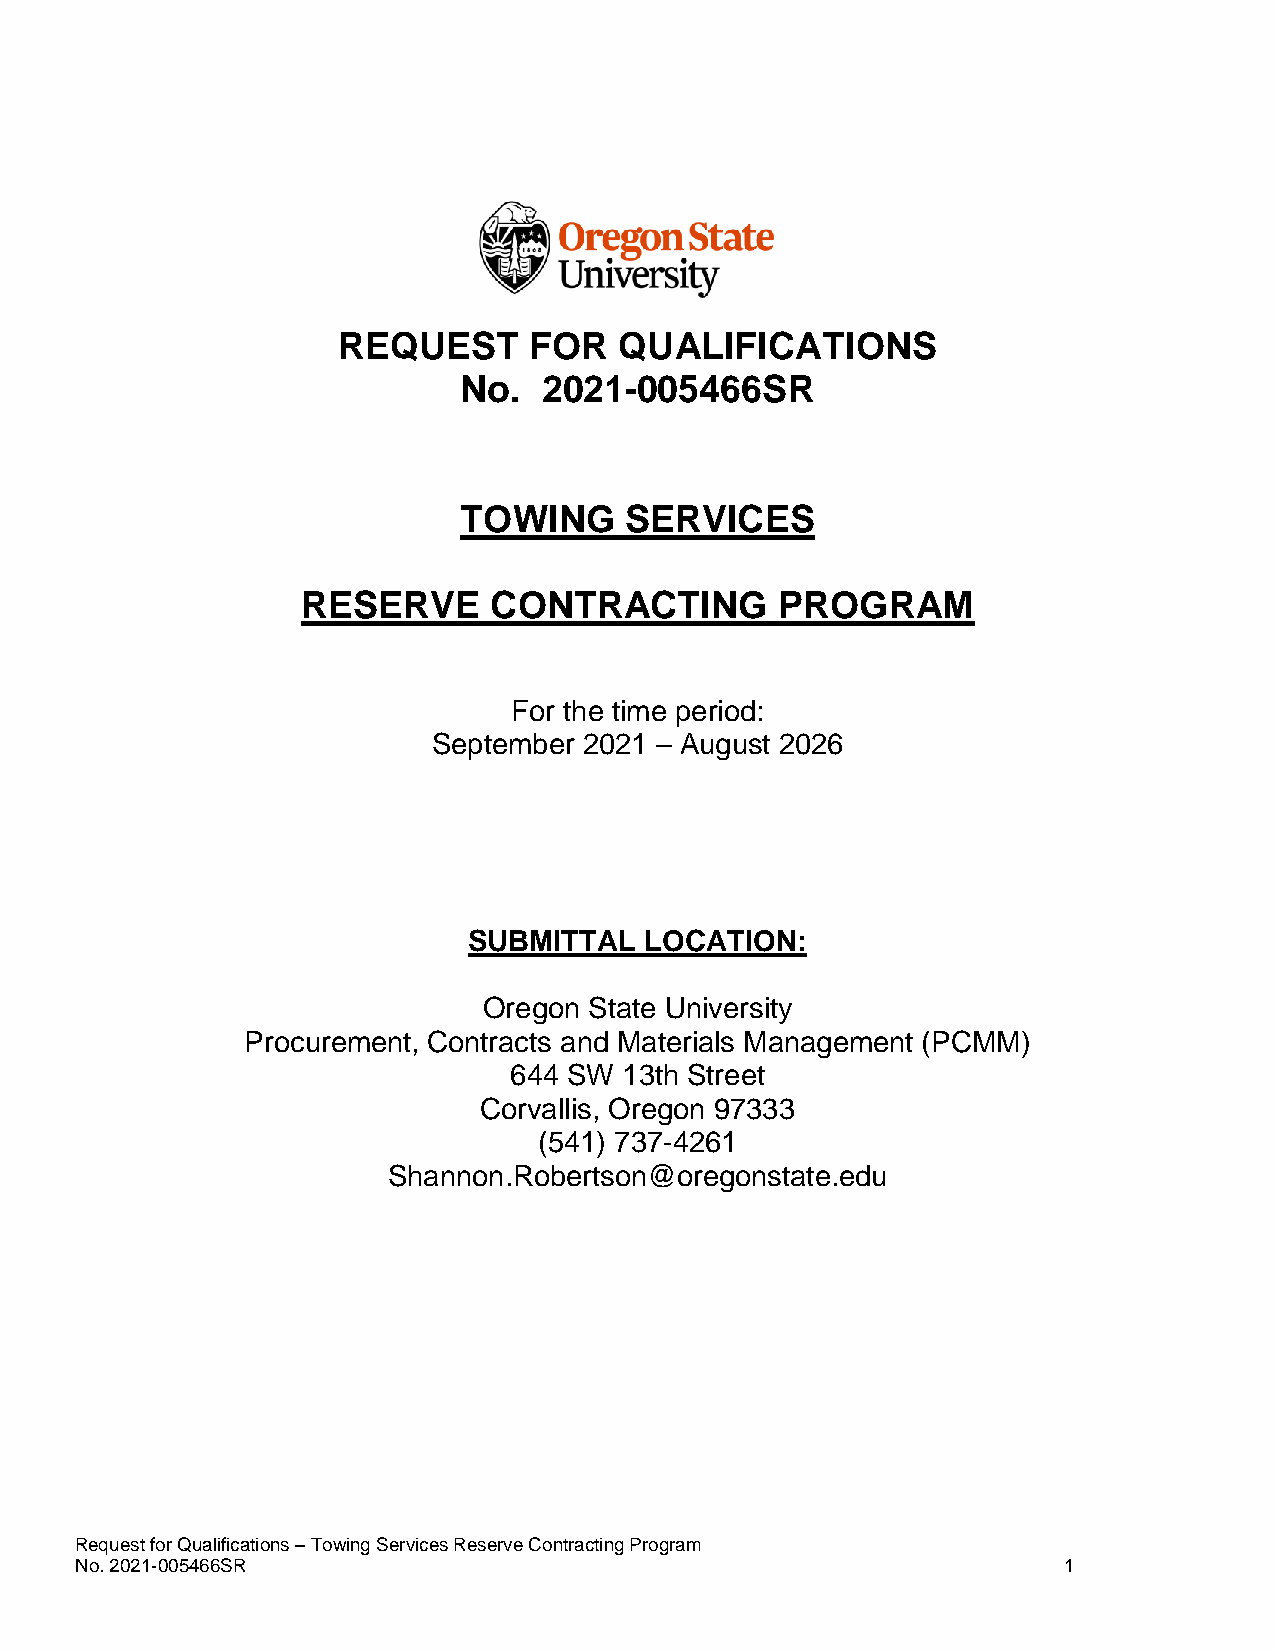
REQUEST      FOR   QUALIFICATIONS
 No.   2021-005466SR
 TOWING     SERVICES
 RESERVE     CONTRACTING         PROGRAM
 For the time period:
 September 2021 – August 2026
 SUBMITTAL   LOCATION:
 Oregon State University
 Procurement, Contracts and Materials Management (PCMM)
 644 SW 13th Street
 Corvallis, Oregon 97333
 (541) 737-4261
 Shannon.Robertson@oregonstate.edu
 Request for Qualifications – Towing Services Reserve Contracting Program
 No. 2021-005466SR                                                1